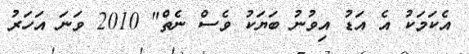
އެކަމަކު އެ އަޑު އިވުނު ބަޔަކު ވެސް ނެތް" 2010 ވަނަ އަހަރު